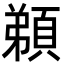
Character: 𩓂